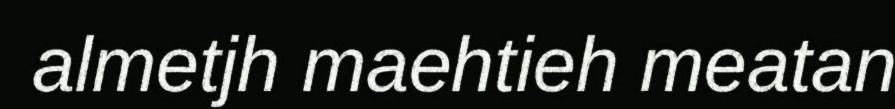
almetjh maehtieh meatan